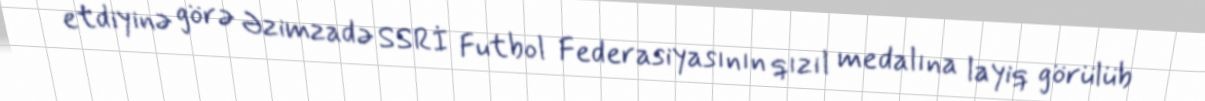
etdiyinə görə Əzimzadə SSRİ Futbol Federasiyasının qızıl medalına layiq görülüb